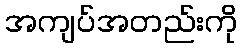
အကျပ်အတည်းကို